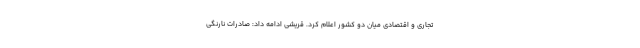
تجاری و اقتصادی میان دو کشور اعلام کرد. قریشی ادامه داد: صادرات نارنگی